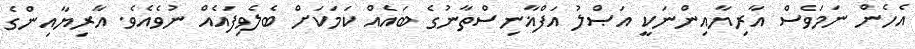
އެހެން ނަމަވެސް އާރިޔާއިންނަކީ އަޞްލު އަފްޣާނިސްތާނުގެ ބައެއް ކަމަކަށް ބެލެވިފައެއް ނުވެއެވެ. އާރިޔާއިންގެ